Leaving Certificate Examination, 1921
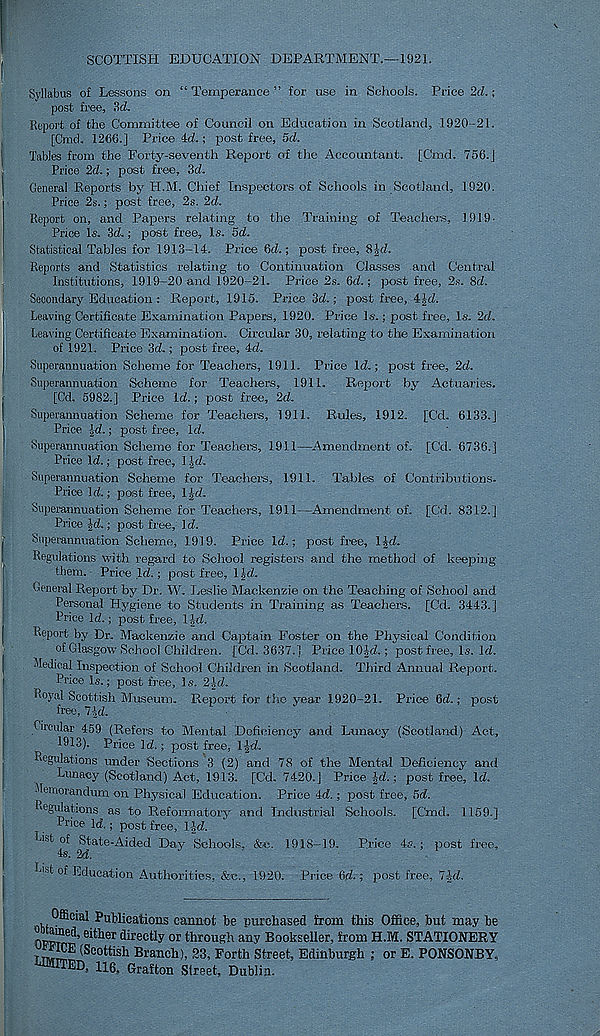
SCOTTISH EDUCATION DEPARTMENT.—1921.
Syllabus of Lessons on “Temperance” for use in Schools. Price 2d.;
post free, 3d.
Report of the Committee of Council on Education in Scotland, 1920-21.
[Cmd. 1266.] Price 4d.; post free, 5d.
Tables from the Forty-seventh Report of the Accountant. [Cmd. 756.]
Price 2d.; post free, 3d.
General Reports by H.M. Chief Inspectors of Schools in Scotland, 1920.
Price 2s.; post free, 2s. 2d.
Report on, and Papers relating to the Training of Teachers, 1919-
Price Is. 3d.; post free. Is. 5d.
Statistical Tables for 1913-14. Price 6d.; post free, 8Jd.
Reports and Statistics relating to Continuation Classes and Central
Institutions, 1919-20 and 1920-21. Price 2s. 6d.; post free, 2s. 8d.
Secondary Education : Report, 1915. Price 3d.; post free, 4Jd.
Leaving Certificate Examination Papers, 1920. Price Is.; post free, Is. 2d.
Leaving Certificate Examination. Circular 30, relating to the Examination
of 1921. Price 3d.; post free, 4d.
Superannuation Scheme for Teachers, 1911. Price Id.; post free, 2d.
Superannuation Scheme for Teachers, 1911. Report by Actuaries.
[Cd. 5982.] Price Id.; post free, 2d.
Superannuation Scheme for Teachers, 1911. Rules, 1912. [Cd. 6133.]
Price Jd.; post free, Id.
Superannuation Scheme for Teachers, 1911—Amendment of. [Cd. 6736.]
Price Id.; post free, 1 |d.
Superannuation Scheme for Teachers, 1911. Tables of Contributions.
Price Id.; post free, IJd.
Superannuation Scheme for Teachers, 1911—Amendment of. [Cd. 8312.]
Price Jd.; post free. Id.
Superannuation Scheme, 1919. Price Id.; post free, IJd.
Regulations with regard to tSchool registers and the method of keeping
them. Price Id.; post free, IJ-d.
General Report by Dr. W. Leslie Mackenzie on the Teaching of School and
Personal Hygiene to Students in Training as Teachers. [Cd. 3443.]
Price Id.; post free, 1-Jd.
Report by Dr. Mackenzie and Captain Foster on the Physical Condition
of Glasgow School Children. [Cd. 3637.1 Price lOJd.; post free. Is. Id.
Medical Inspection of School Children in Scotland. Third Annual Report.
Price Is.; post free, Is. 2Id.
Loyal Scottish Museum. Report for the year 1920-21. Price 6d.; post
free, 7-id.
Circular 459 (Refers to Mental Deficiency and Lunacy (Scotland) Act,
1913). Price Id.; post free, l][d.
Regulations under Sections 3 (2) and 78 of the Mental Deficiency and
Lunacy (Scotland) Act, 1913. [Cd. 7420.J Price Jd.; post free. Id.
Memorandum on Physical Education. Price 4d.; post free, 5d.
Regulations as to Reformatory and Industrial Schools. [Cmd. 1159.]
Price Id.; post free, Lid.
List of State-Aided Day Schools, &e. 1918-19. Price 4s-.; post free,
4s. 2d.
J
.
List of Education Authorities, &c., 1920. Price 6d.; post free, 7|d.
,
Publications cannot be purchased from this Office, but may he
nm 6 ' 1, eitlleT aireetl y or through any Bookseller, from H.M. STATIONERY
(Seotti sh Branch), 23, Forth Street, Edinburgh ; or E. PONSONBY.
ITED = H6. Grafton Street, Dublin.